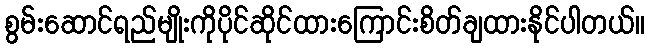
စွမ်းဆောင်ရည်မျိုးကိုပိုင်ဆိုင်ထားကြောင်းစိတ်ချထားနိုင်ပါတယ်။